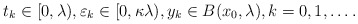
\begin{align*} t_k\in [0,\lambda),\varepsilon_k\in [0,\kappa\lambda), y_k\in B(x_0,\lambda),k=0,1,\dots . \end{align*}